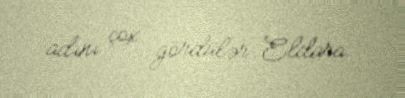
adını çox gördülər Eldara.